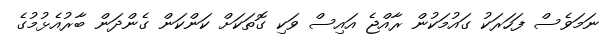
ނަމަވެސް ފަހަރަކު ގައުމަކުން ރާއްޖެ އައިސް ވަކި ގޮތަކަށް ކަންކަން ގެންދަން ބާރުއެޅުމުގެ